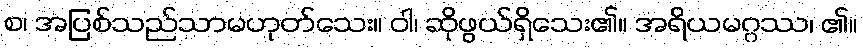
စ၊ အပြစ်သည်သာမဟုတ်သေး။ ဝါ၊ ဆိုဖွယ်ရှိသေး၏။ အရိယမဂ္ဂဿ၊ ၏။